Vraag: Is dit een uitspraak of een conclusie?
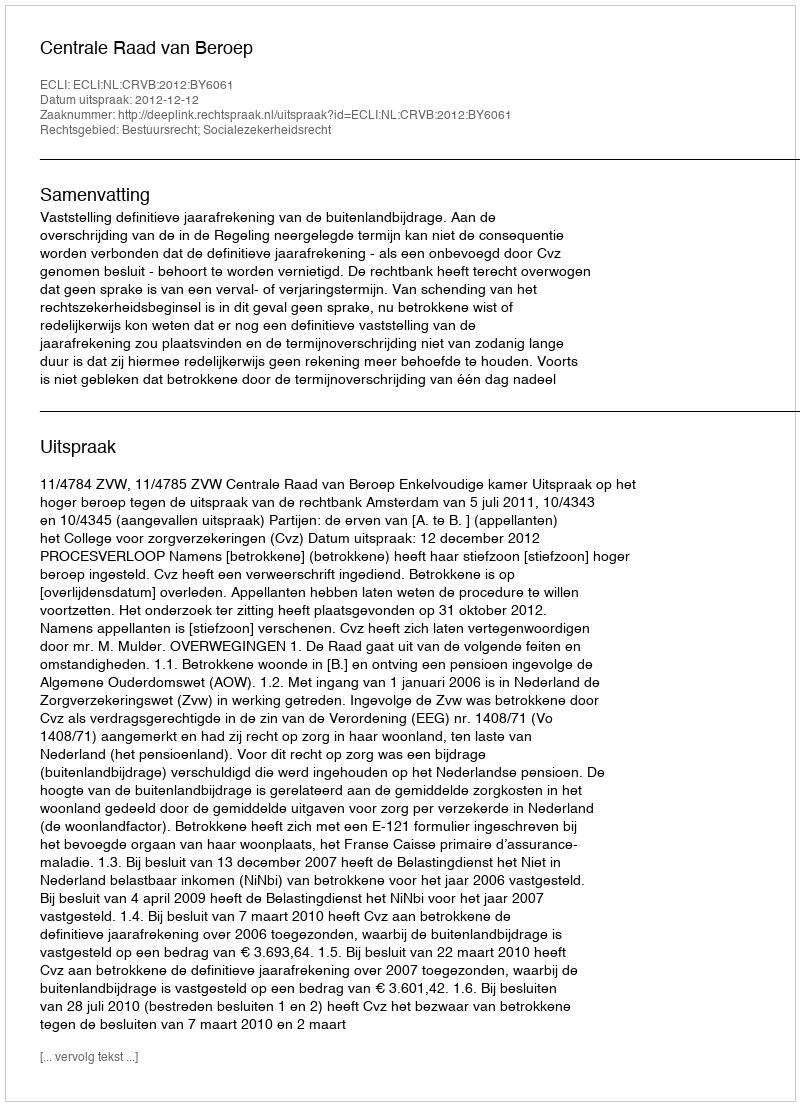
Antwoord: Uitspraak